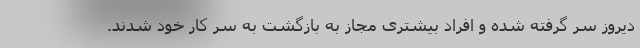
دیروز سر گرفته شده و افراد بیشتری مجاز به بازگشت به سر کار خود شدند.